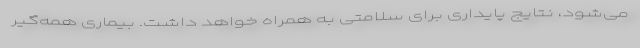
می‌شود، نتایج پایداری برای سلامتی به همراه خواهد داشت. بیماری همه‌گیر